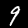
Digit: 9